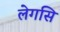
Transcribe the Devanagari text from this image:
लेगसि